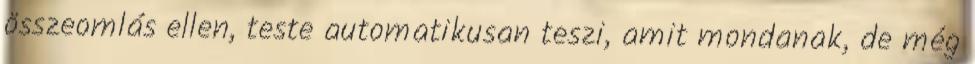
összeomlás ellen, teste automatikusan teszi, amit mondanak, de még